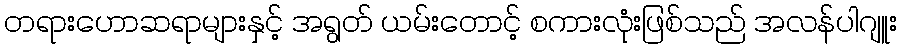
တရားဟောဆရာများနှင့် အရွတ် ယမ်းတောင့် စကားလုံးဖြစ်သည် အလန်ပါဂျူး